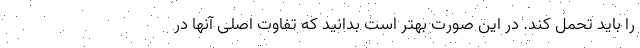
را باید تحمل کند. در این صورت بهتر است بدانید که تفاوت اصلی آنها در